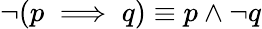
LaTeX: \neg(p\implies q)\equiv p\wedge\neg q